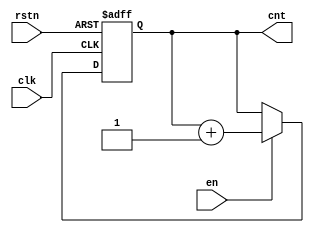
/*
 Licensed under the Apache License, Version 2.0 (the "License");         
 you may not use this file except in compliance with the License.        
 You may obtain a copy of the License at                                 
                                                                         
     http://www.apache.org/licenses/LICENSE-2.0                          
                                                                         
  Unless required by applicable law or agreed to in writing, software    
 distributed under the License is distributed on an "AS IS" BASIS,       
 WITHOUT WARRANTIES OR CONDITIONS OF ANY KIND, either express or implied.
 See the License for the specific language governing permissions and     
 limitations under the License.      
*/

//==============================================================||
// Description: 						||
//	      		en count			       	|| 
// History:   							||
//                      2019/1/22 				||
//                      First version				||
//===============================================================


module en_cnt (
input wire clk,
input wire rstn,
input wire en,
output reg [31:0] cnt
);

always @ (posedge clk or negedge rstn)
begin
	if(!rstn)
	begin
		cnt <= 0;
	end
	else
	begin 
		if(en)
		begin
			cnt <= cnt + 1;
		end
	end
end

endmodule